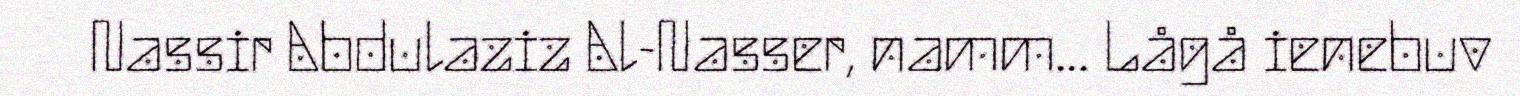
Nassir Abdulaziz Al-Nasser, namm... Lågå ienebuv